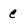
Character: c